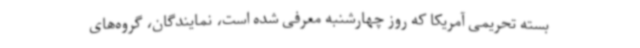
بسته تحریمی آمریکا که روز چهارشنبه معرفی شده است، نمایندگان، گروه‌های